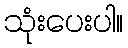
သုံးပေးပါ။